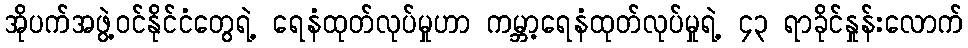
အိုပက်အဖွဲ့ဝင်နိုင်ငံတွေရဲ့ ရေနံထုတ်လုပ်မှုဟာ ကမ္ဘာ့ရေနံထုတ်လုပ်မှုရဲ့ ၄၃ ရာခိုင်နှုန်းလောက်